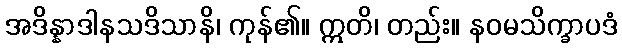
အဒိန္နာဒါနသဒိသာနိ၊ ကုန်၏။ ဣတိ၊ တည်း။ နဝမသိက္ခာပဒံ